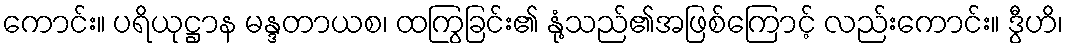
ကောင်း။ ပရိယုဋ္ဌာန မန္ဒတာယစ၊ ထကြွခြင်း၏ နုံ့သည်၏အဖြစ်ကြောင့် လည်းကောင်း။ ဒွီဟိ၊